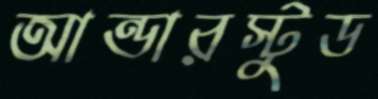
আন্ডারস্টুড